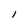
Character: I